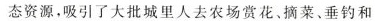
态资源，吸引了大批城里人去农场赏花、摘菜、垂钓和